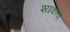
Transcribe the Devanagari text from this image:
श्यकता